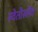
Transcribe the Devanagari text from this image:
स्वेतोस्लैव